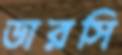
ডারসি